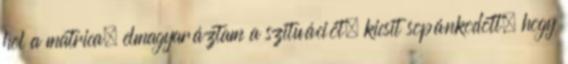
hol a matrica, elmagyaráztam a szituációt, kicsit sopánkodott, hogy